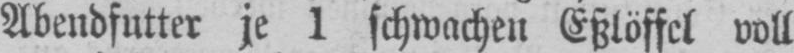
Abendfutter je 1 schwachen Eßlöffel voll